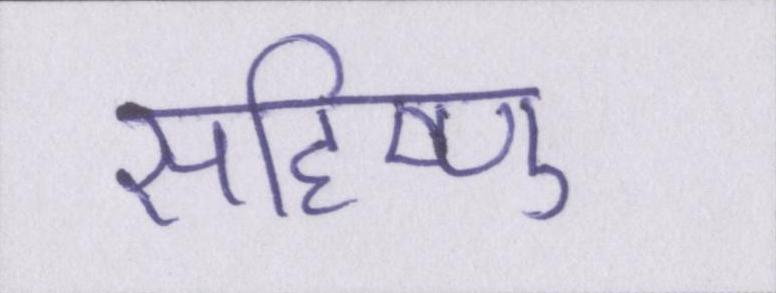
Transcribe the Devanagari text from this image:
सहिष्णु